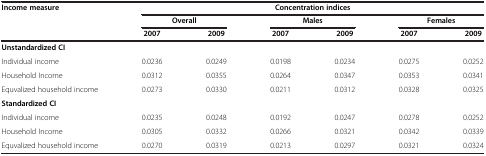
<table><thead><tr><td rowspan="3"><b>Income measure</b></td><td colspan="6"><b>Concentration indices</b></td></tr><tr><td colspan="2"><b>Overall</b></td><td colspan="2"><b>Males</b></td><td colspan="2"><b>Females</b></td></tr><tr><td><b>2007</b></td><td><b>2009</b></td><td><b>2007</b></td><td><b>2009</b></td><td><b>2007</b></td><td><b>2009</b></td></tr></thead><tbody><tr><td colspan="7"><b>Unstandardized CI</b></td></tr><tr><td>Individual income</td><td>0.0236</td><td>0.0249</td><td>0.0198</td><td>0.0234</td><td>0.0275</td><td>0.0252</td></tr><tr><td>Household Income</td><td>0.0312</td><td>0.0355</td><td>0.0264</td><td>0.0347</td><td>0.0353</td><td>0.0341</td></tr><tr><td>Equvalized household income</td><td>0.0273</td><td>0.0330</td><td>0.0211</td><td>0.0312</td><td>0.0328</td><td>0.0325</td></tr><tr><td colspan="7"><b>Standardized CI</b></td></tr><tr><td>Individual income</td><td>0.0235</td><td>0.0248</td><td>0.0192</td><td>0.0247</td><td>0.0278</td><td>0.0252</td></tr><tr><td>Household Income</td><td>0.0305</td><td>0.0332</td><td>0.0266</td><td>0.0321</td><td>0.0342</td><td>0.0339</td></tr><tr><td>Equvalized household income</td><td>0.0270</td><td>0.0319</td><td>0.0213</td><td>0.0297</td><td>0.0321</td><td>0.0324</td></tr></tbody></table>